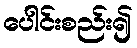
ပေါင်းစည်း၍